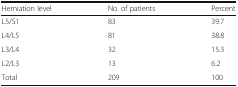
<table><thead><tr><td><b>Herniation level</b></td><td><b>No. of patients</b></td><td><b>Percent</b></td></tr></thead><tbody><tr><td>L5/S1</td><td>83</td><td>39.7</td></tr><tr><td>L4/L5</td><td>81</td><td>38.8</td></tr><tr><td>L3/L4</td><td>32</td><td>15.3</td></tr><tr><td>L2/L3</td><td>13</td><td>6.2</td></tr><tr><td>Total</td><td>209</td><td>100</td></tr></tbody></table>